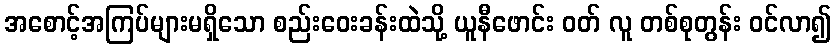
အစောင့်အကြပ်များမရှိသော စည်းဝေးခန်းထဲသို့ ယူနီဖောင်း ဝတ် လူ တစ်စုတွန်း ဝင်လာ၍